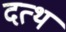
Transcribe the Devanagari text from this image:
दत्थ